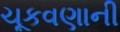
ચૂકવણાની